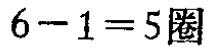
$6 - 1 = 5\boxed{圈}$